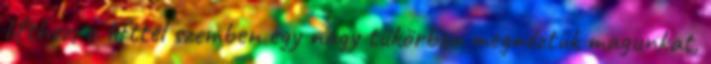
lifthez, a lifttel szemben egy nagy tükörben megnéztük magunkat,